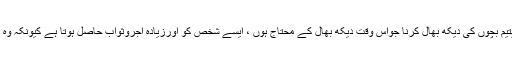
مثلا بوڑھی اورعاجز والدہ کی دیکھ بھال ، یا پھر یتیم بچوں کی دیکھ بھال کرنا جواس وقت دیکھ بھال کے محتاج ہوں ، ایسے شخص کو اورزيادہ اجروثواب حاصل ہوتا ہے کیونکہ وہ ایک واجب کی ادائيگي میں اپنا وقت گزار رہا ہے ۔